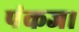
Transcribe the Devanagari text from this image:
पंकज।